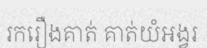
រករឿងគាត់ គាត់យំអង្វរ